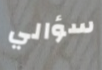
سؤالي